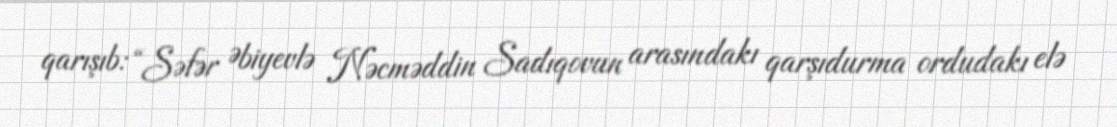
qarışıb: “Səfər Əbiyevlə Nəcməddin Sadıqovun arasındakı qarşıdurma ordudakı elə